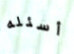
أسئله